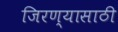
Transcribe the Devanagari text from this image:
जिरण्यासाठी